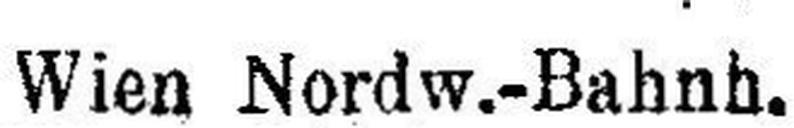
Wien Nordw.-Bahnh.